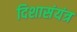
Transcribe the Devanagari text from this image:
दिशासंयंत्र